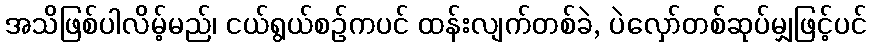
အသိဖြစ်ပါလိမ့်မည်၊ ငယ်ရွယ်စဉ်ကပင် ထန်းလျက်တစ်ခဲ, ပဲလှော်တစ်ဆုပ်မျှဖြင့်ပင်